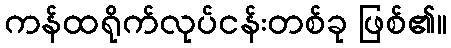
ကန်ထရိုက်လုပ်ငန်းတစ်ခု ဖြစ်၏။